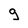
Character: 9